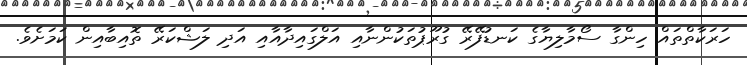
ހަރަކާތްތައް ހިންގާ ސޯމާލިޔާގެ ކަނޑުފޭރޭ ގުރޫޕުތަކުންނާއި އަލްގައިދާއާއި އަދި ލަޝްކަރޭ ތޮއިބާއިން ކަމަށެވެ.